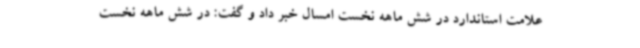
علامت استاندارد در شش ماهه نخست امسال خبر داد و گفت: در شش ماهه نخست